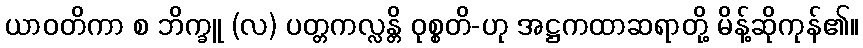
ယာဝတိကာ စ ဘိက္ခူ (လ) ပတ္တကလ္လန္တိ ဝုစ္စတိ-ဟု အဋ္ဌကထာဆရာတို့ မိန့်ဆိုကုန်၏။